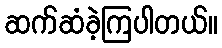
ဆက်ဆံခဲ့ကြပါတယ်။